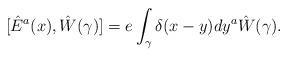
LaTeX: \begin{align*}[\hat{E}^a(x), \hat{W} (\gamma)] = e \int_\gamma \delta(x - y) dy^a \hat{W}(\gamma) .\end{align*}